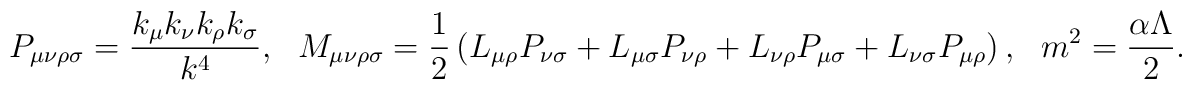
P_{\mu\nu\rho\sigma} = \frac{ k_\mu k_\nu k_\rho k_\sigma}{k^4}, \ \ \ M_{\mu\nu\rho\sigma} = \frac{1}{2} \left(L_{\mu\rho}P_{\nu\sigma} +L_{\mu\sigma}P_{\nu\rho} + L_{\nu\rho} P_{\mu\sigma}+L_{\nu\sigma}P_{\mu\rho} \right), \ \ \  m^2 = \frac{ \alpha\Lambda}{2}.